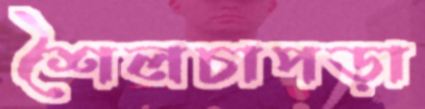
শৈলচাপড়া